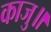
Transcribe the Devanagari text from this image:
काजु॥